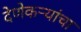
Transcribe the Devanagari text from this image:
देणेकऱ्यांचा